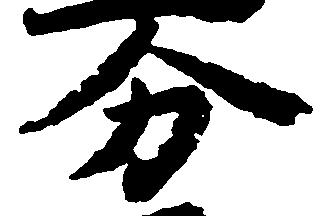
分